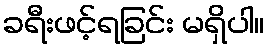
ခရီးဖင့်ရခြင်း မရှိပါ။